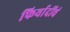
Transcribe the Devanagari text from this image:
फिर्यादींचं